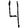
Digit: 4